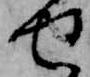
せ